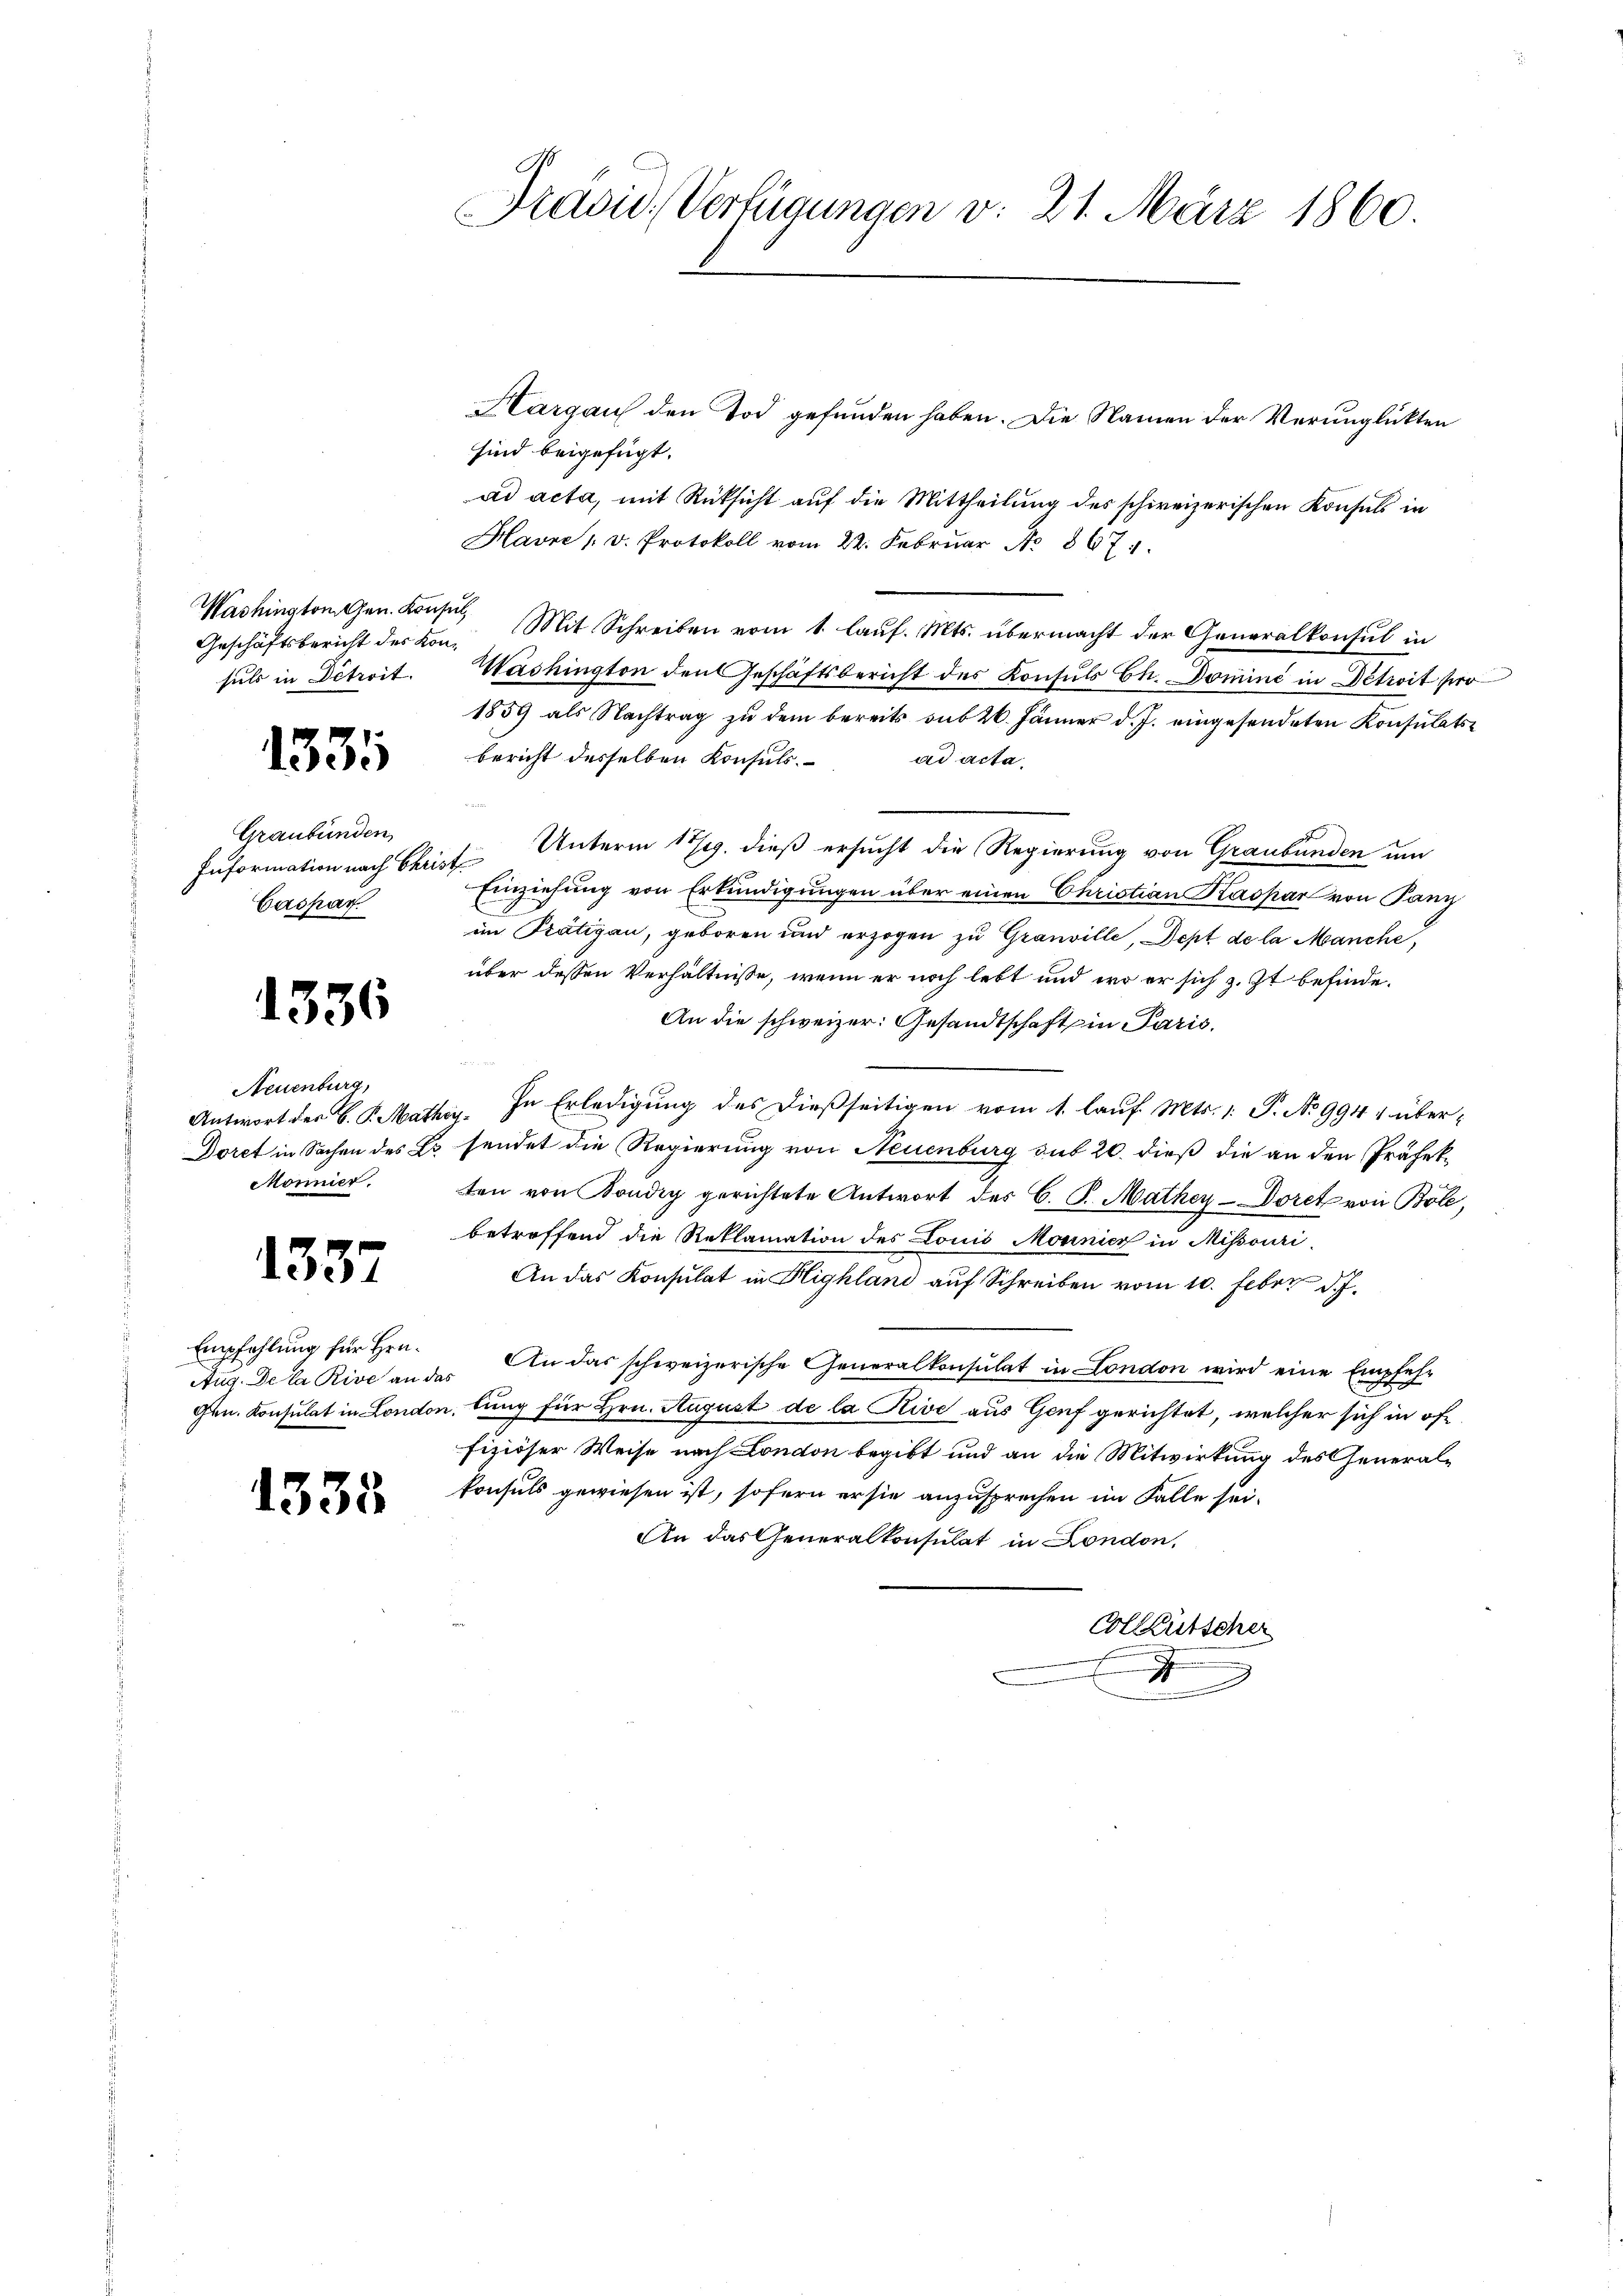
Washington Gen. Konsul,

1331

Graubünden,
Caspar

1336

Neuenburg,
Monnier.

1337

Empfehlung für Hrn.
Aug. De la Rive an das

1335

Pravio, Verfügungen v. 21. März 1860.

Hargau den Tod gefunden haben. Die Namen der Verunglükten
sind beigefügt.
ad acta, mit Rücksicht auf die Mittheilung des schweizerischen Konsuls in
Havne 1 v. Protokoll vom 22. Febrŭar No. 867.
Geschäftsbericht der Kon. Mit Schreiben vom 1. lauf. Mts. übermacht der Generalkonsul in
sŭls in Détroit. Washington den Geschäftsbericht des Konsuls Ch. Domini in Détroit pro
1859 als Nachtrag zu dem bereits sub 26. Jänner d. J. eingesendeten Konsulatsbericht desselben Konsuls.
ad acta.
Information nach Christ Unterm 17/19. dieß ersucht die Regierung von Graubünden um
Einziehung von Erkundigungen über einen Christian Kaspar von Panz
im Prätigau, geboren und erzogen zu Granville, Dept de la Manche,
über dessen Verhältnisse, wenn er noch lebt und wo er sich z. Zt. befinde.
An die schweizer: Gesandtschaft in Paris.
Antwort der C. P. Mathes. In Erledigung des dießseitigen vom 1. lauf Mts. 1. P. No 994 & über-
Doret in Sachen des Es sendet die Regierung von Neuenburg sub 20. dieß die an den Präfekten von Kondig gerichtete Antwort des C. S. Mathey-Doret von Bole,
betreffend die Reklamation des Louis Monnier in Missouri
An das Konsulat in Highland auf Schreiben vom 10. Febr. d. J.
An das schweizerische Generalkonsulat in London wird eine Empfeh¬
Gen. Konsulat in London, lung für Hrn. August de la Rive aus Genf gerichtet, welcher sich in öffiziöser Weise nach London begibt und an die Mitwirkung des Generalkonsuls gewiesen ist, sofern er sie anzusprechen im Falle sei-
An das Generalkonsulat in London,
Collgütscher
J
J